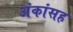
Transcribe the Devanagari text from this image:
अंकांसह